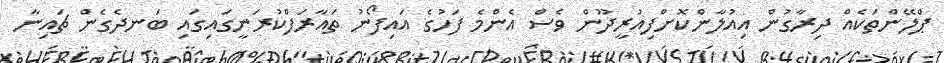
ޕްލޭންތަކެއް ދިރާގުން އިއުލާންކޮށްފިއުރީދޫން ވެސް އެންމެ ފަހުގެ އައިފޯނު ތައާރަފްކުރަނީގައިގައި ބަނދެގެން ޗައިނާ